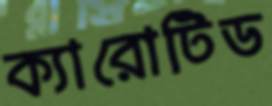
ক্যারোটিড